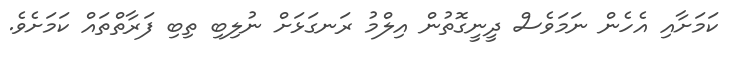
ކަމަށާއި އެހެން ނަމަވެސް ދީނީގޮތުން އިލްމު ރަނގަޅަށް ނުލިބި ތިބި ފަރާތްތައް ކަމަށެވެ.